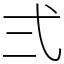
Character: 弍